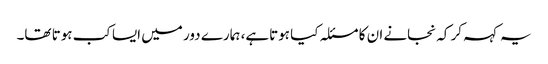
یہ کہہ کر کہ نجانے ان کا مسئلہ کیا ہوتاہے، ہمارے دور میں ایسا کب ہوتا تھا۔